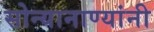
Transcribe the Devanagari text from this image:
सोन्यानाण्यांनी